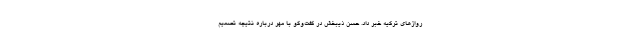
روازهای ترکیه خبر داد. حسن ذیبخش در گفت‌وگو با مهر درباره نتیجه تصمیم